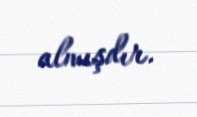
almışdır.